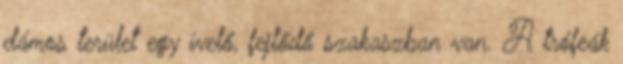
dámos terület egy ívelő, fejlődő szakaszban van. A trófeák